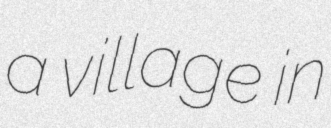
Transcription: a village in